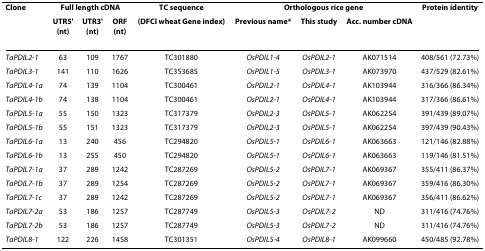
<table><thead><tr><td><b>Clone</b></td><td colspan="3"><b>Full length cDNA</b></td><td><b>TC sequence</b></td><td colspan="3"><b>Orthologous rice gene</b></td><td><b>Protein identity</b></td></tr><tr><td></td><td><b>UTR5&#x27;(nt)</b></td><td><b>UTR3&#x27;(nt)</b></td><td><b>ORF(nt)</b></td><td><b>(DFCI wheat Gene index)</b></td><td><b>Previous name*</b></td><td><b>This study</b></td><td><b>Acc. number cDNA</b></td><td></td></tr></thead><tbody><tr><td><i>TaPDIL2-1</i></td><td>63</td><td>109</td><td>1767</td><td>TC301880</td><td><i>OsPDIL1-4</i></td><td><i>OsPDIL2-1</i></td><td>AK071514</td><td>408/561 (72.73%)</td></tr><tr><td><i>TaPDIL3-1</i></td><td>141</td><td>110</td><td>1626</td><td>TC353685</td><td><i>OsPDIL1-5</i></td><td><i>OsPDIL3-1</i></td><td>AK073970</td><td>437/529 (82.61%)</td></tr><tr><td><i>TaPDIL4-1a</i></td><td>74</td><td>139</td><td>1104</td><td>TC300461</td><td><i>OsPDIL2-1</i></td><td><i>OsPDIL4-1</i></td><td>AK103944</td><td>316/366 (86.34%)</td></tr><tr><td><i>TaPDIL4-1b</i></td><td>74</td><td>138</td><td>1104</td><td>TC300461</td><td><i>OsPDIL2-1</i></td><td><i>OsPDIL4-1</i></td><td>AK103944</td><td>317/366 (86.61%)</td></tr><tr><td><i>TaPDIL5-1a</i></td><td>55</td><td>150</td><td>1323</td><td>TC317379</td><td><i>OsPDIL2-3</i></td><td><i>OsPDIL5-1</i></td><td>AK062254</td><td>391/439 (89.07%)</td></tr><tr><td><i>TaPDIL5-1b</i></td><td>55</td><td>151</td><td>1323</td><td>TC317379</td><td><i>OsPDIL2-3</i></td><td><i>OsPDIL5-1</i></td><td>AK062254</td><td>397/439 (90.43%)</td></tr><tr><td><i>TaPDIL6-1a</i></td><td>13</td><td>240</td><td>456</td><td>TC294820</td><td><i>OsPDIL5-1</i></td><td><i>OsPDIL6-1</i></td><td>AK063663</td><td>121/146 (82.88%)</td></tr><tr><td><i>TaPDIL6-1b</i></td><td>13</td><td>255</td><td>450</td><td>TC294820</td><td><i>OsPDIL5-1</i></td><td><i>OsPDIL6-1</i></td><td>AK063663</td><td>119/146 (81.51%)</td></tr><tr><td><i>TaPDIL7-1a</i></td><td>37</td><td>289</td><td>1242</td><td>TC287269</td><td><i>OsPDIL5-2</i></td><td><i>OsPDIL7-1</i></td><td>AK069367</td><td>355/411 (86.37%)</td></tr><tr><td><i>TaPDIL7-1b</i></td><td>37</td><td>289</td><td>1254</td><td>TC287269</td><td><i>OsPDIL5-2</i></td><td><i>OsPDIL7-1</i></td><td>AK069367</td><td>359/416 (86.30%)</td></tr><tr><td><i>TaPDIL7-1c</i></td><td>37</td><td>289</td><td>1242</td><td>TC287269</td><td><i>OsPDIL5-2</i></td><td><i>OsPDIL7-1</i></td><td>AK069367</td><td>356/411 (86.62%)</td></tr><tr><td><i>TaPDIL7-2a</i></td><td>53</td><td>186</td><td>1257</td><td>TC287749</td><td><i>OsPDIL5-3</i></td><td><i>OsPDIL7-2</i></td><td>ND</td><td>311/416 (74.76%)</td></tr><tr><td><i>TaPDIL7-2b</i></td><td>53</td><td>186</td><td>1257</td><td>TC287749</td><td><i>OsPDIL5-3</i></td><td><i>OsPDIL7-2</i></td><td>ND</td><td>311/416 (74.76%)</td></tr><tr><td><i>TaPDIL8-1</i></td><td>122</td><td>226</td><td>1458</td><td>TC301351</td><td><i>OsPDIL5-4</i></td><td><i>OsPDIL8-1</i></td><td>AK099660</td><td>450/485 (92.78%)</td></tr></tbody></table>